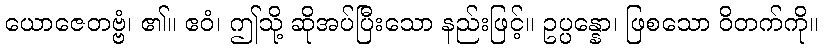
ယောဇေတဗ္ဗံ၊ ၏။ ဧဝံ၊ ဤသို့ ဆိုအပ်ပြီးသော နည်းဖြင့်။ ဥပ္ပန္နော၊ ဖြစသော ဝိတက်ကို။